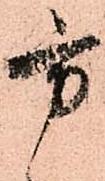
方